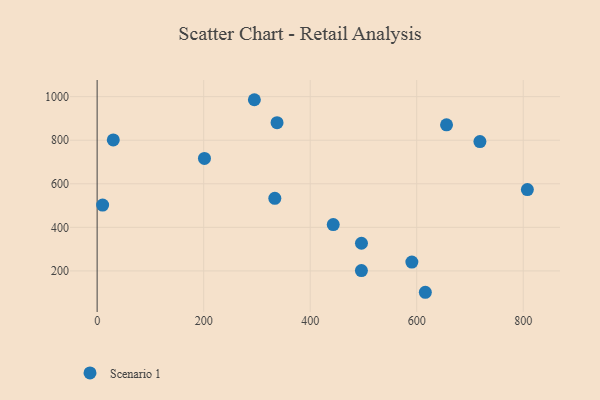
{"axis": {"x": "Speed", "y": "Rating"}, "legend": ["Scenario 1"], "data": [{"x": "616.2", "y": 101.9, "type": "Scenario 1"}, {"x": "10.3", "y": 502.2, "type": "Scenario 1"}, {"x": "337.8", "y": 880.7, "type": "Scenario 1"}, {"x": "590.9", "y": 240.7, "type": "Scenario 1"}, {"x": "496.2", "y": 201.4, "type": "Scenario 1"}, {"x": "656.0", "y": 870.8, "type": "Scenario 1"}, {"x": "201.5", "y": 716.3, "type": "Scenario 1"}, {"x": "718.7", "y": 793.8, "type": "Scenario 1"}, {"x": "295.2", "y": 985.9, "type": "Scenario 1"}, {"x": "496.3", "y": 327.0, "type": "Scenario 1"}, {"x": "333.6", "y": 533.3, "type": "Scenario 1"}, {"x": "443.3", "y": 412.8, "type": "Scenario 1"}, {"x": "30.3", "y": 801.4, "type": "Scenario 1"}, {"x": "807.8", "y": 573.5, "type": "Scenario 1"}]}